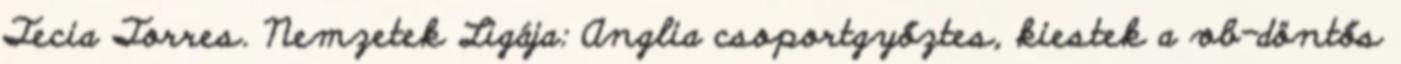
Tecia Torres. Nemzetek Ligája: Anglia csoportgyőztes, kiestek a vb-döntős